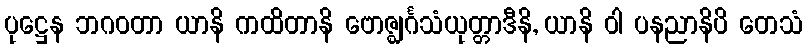
ပုဋ္ဌေန ဘဂဝတာ ယာနိ ကထိတာနိ ဗောဇ္ဈင်္ဂသံယုတ္တာဒီနိ, ယာနိ ဝါ ပနညာနိပိ တေသံ